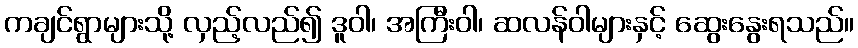
ကချင်ရွာများသို့ လှည့်လည်၍ ဒူဝါ၊ အကြီးဝါ၊ ဆလန်ဝါများနှင့် ဆွေးနွေးရသည်။